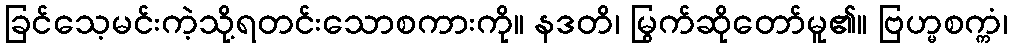
ခြင်သေ့မင်းကဲ့သို့ရတင်းသောစကားကို။ နဒတိ၊ မြွက်ဆိုတော်မူ၏။ ဗြဟ္မစက္ကံ၊